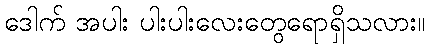
ဒေါက် အပါး ပါးပါးလေးတွေရောရှိသလား။